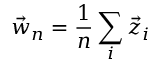
\vec { w } _ { n } = \frac { 1 } { n } \sum _ { i } \vec { z } _ { i }